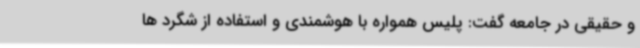
و حقیقی در جامعه گفت: پلیس همواره با هوشمندی و استفاده از شگرد ها